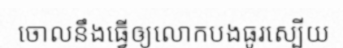
ចោលនឹងធ្វើឲ្យលោកបងធូរស្បើយ